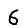
Digit: 6